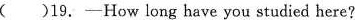
( )19. ——How long have you studied here?